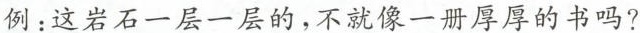
例：这岩石一层一层的，不就像一册厚厚的书吗?